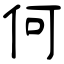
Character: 何